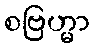
စဗြဟ္မာ